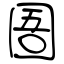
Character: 圄